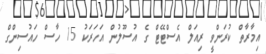
އިމާރާތް ކުރަންވީ ރިއަލް އެސްޓޭޓް ގެ އުސޫލުން އަހަރަކު 15 ހާސް ހައުސިންގް